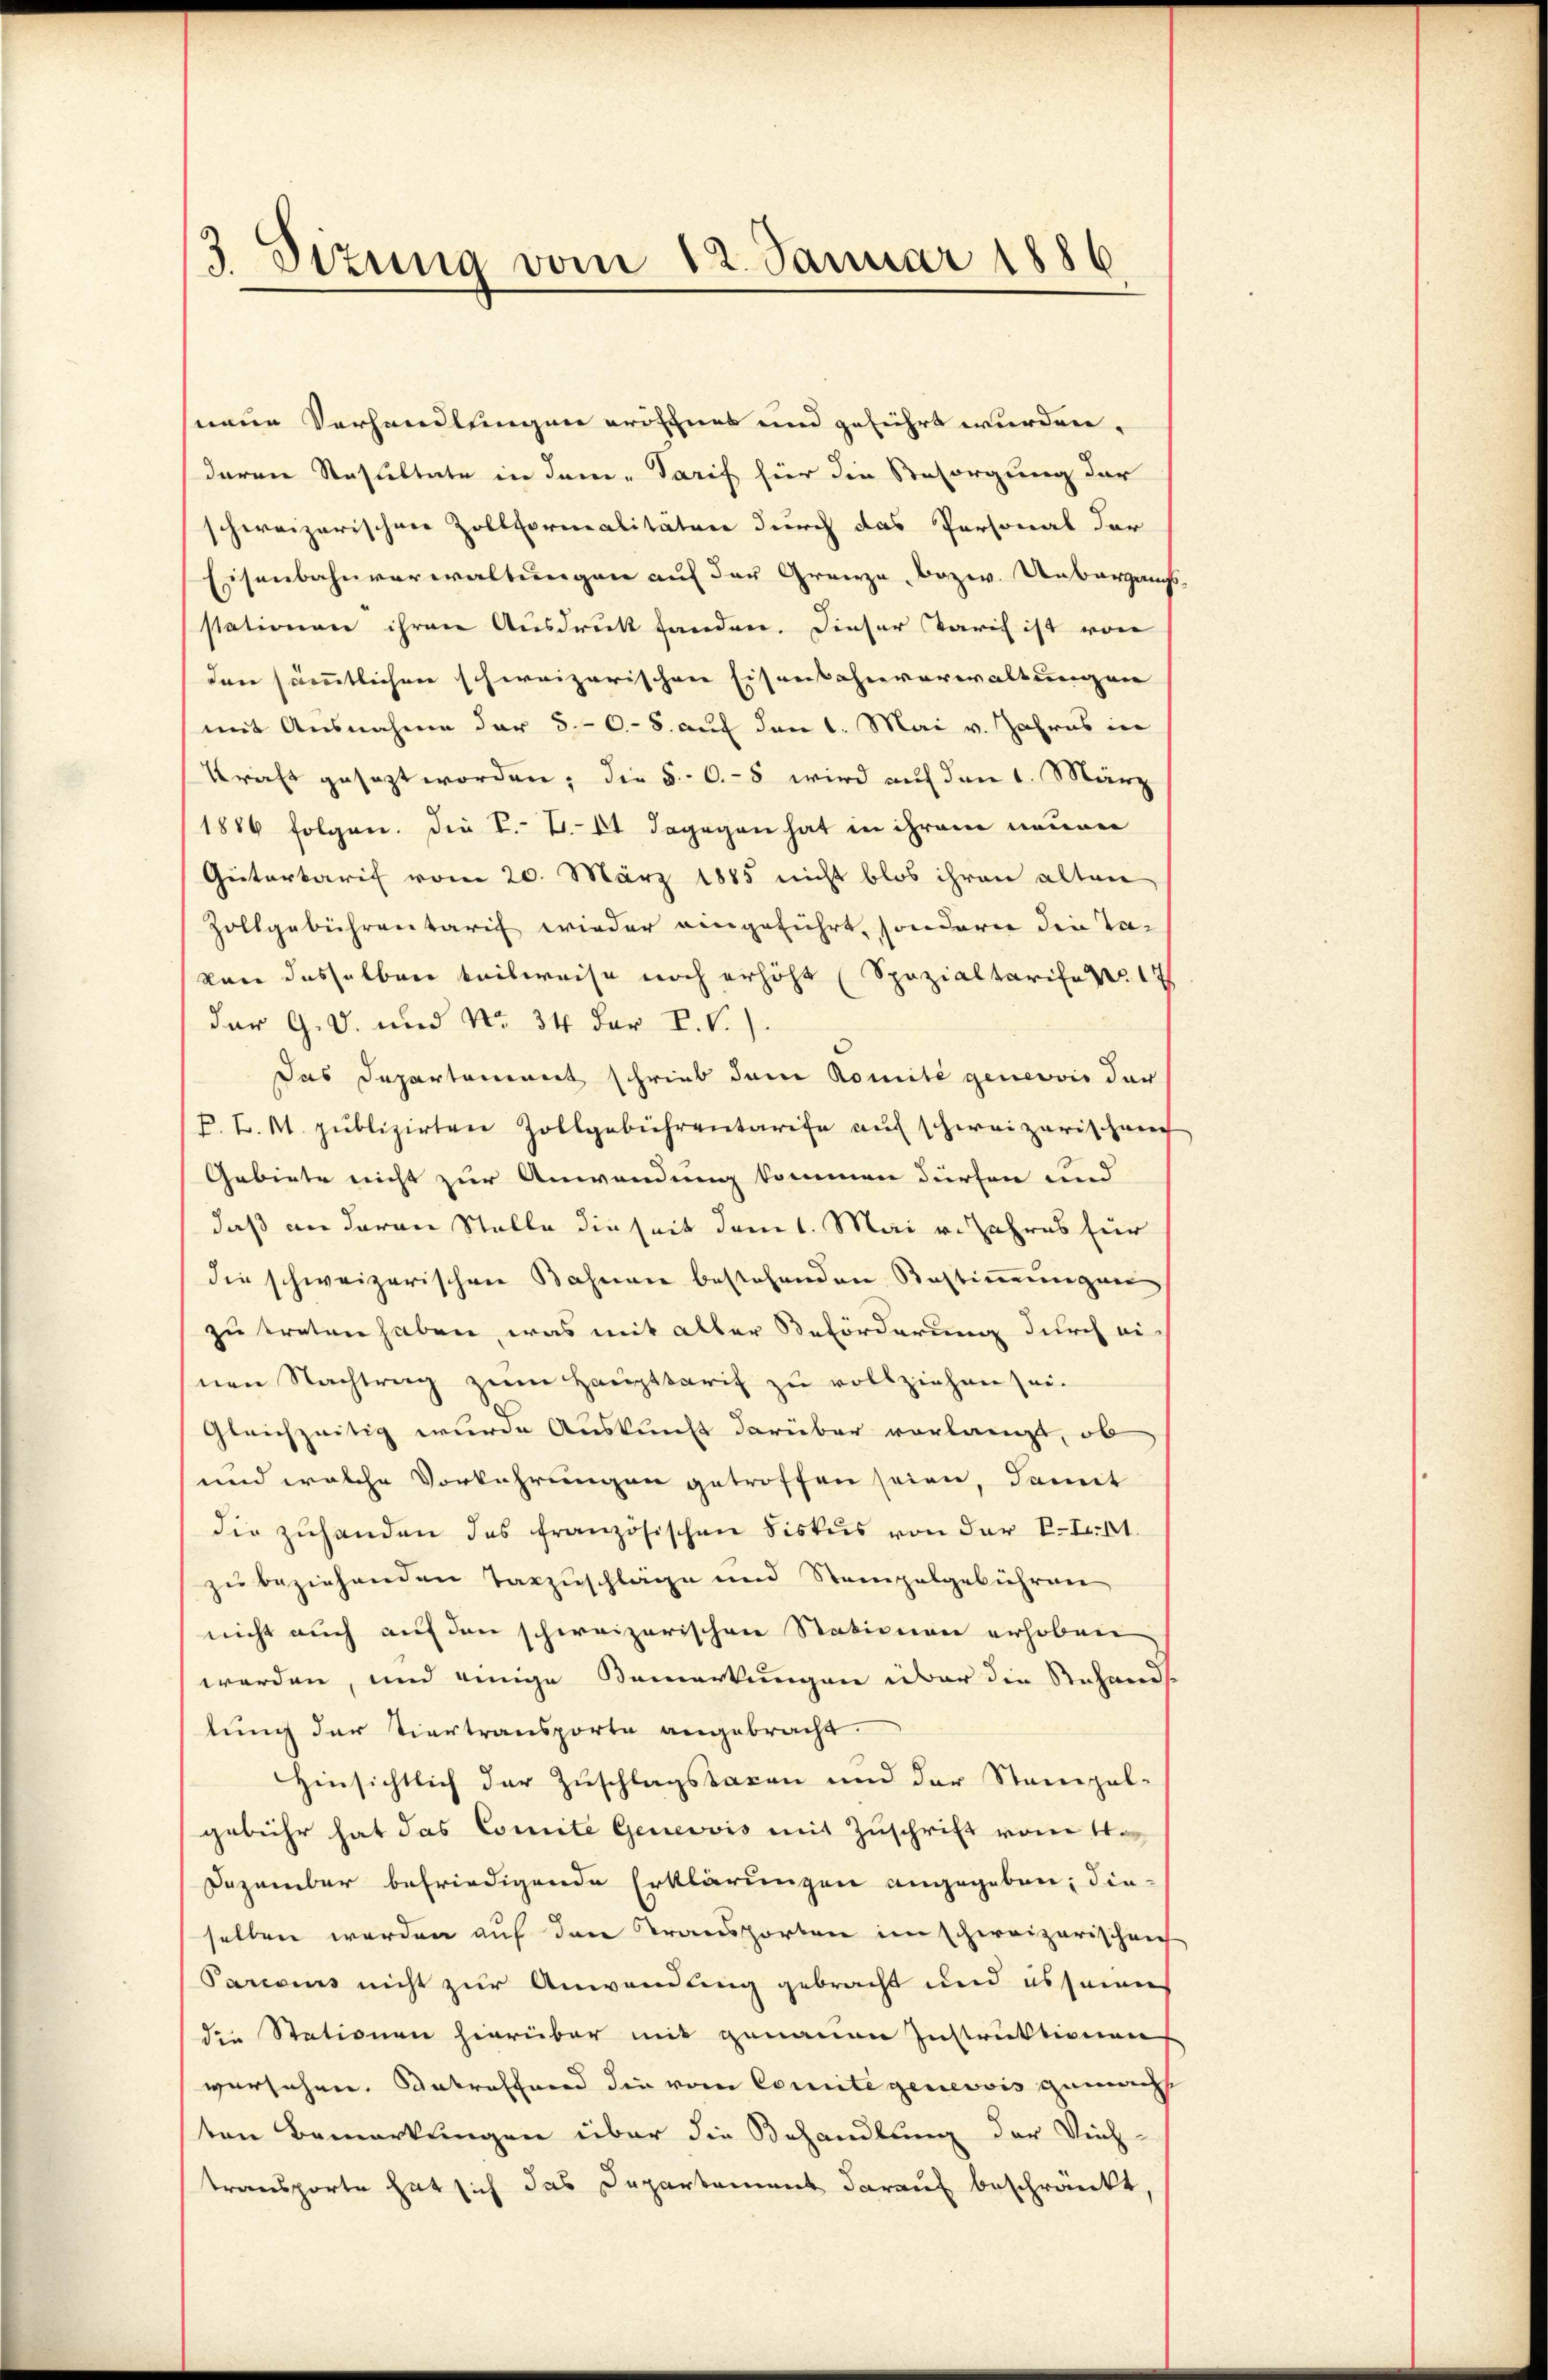
3 Sizung vom 12. Januar 1886

naue Verhandlungen eröffnet und geführt wurden.
deren Resultate in Jam-Tarif hier die Resorgung der
schweizerischen Zollformalitäten durch das Personal der
senbahnverwaltungen auf der Grenzze, bezw. Uebergangs
stationen ihren Ausdruck fanden. Dieser Tarif ist von
den sämmtlichen schweizerischen Eisenbahnverwaltungen
mit Ausnahme der 5.-6-8. auf den 1. Mai v. Jahres in
Kraft gesezt worden; die §. 6.-8 wird auf den 1. März
1886 folgen. Die V. B. 11 dagegen hat in ihrem neuen
Gütertarif vom 20. März 1885 nicht blos ihren alten
Zollgebührentarif wieder eingeführt, sondern die Ta-
von dasselben teilweise noch erhöht (Spezialtarife 1
dar G. V. und No. 34 der VV.).
Das Departement schrieb dem Komité genevvis der
F. L. M. publizirten Zollgebührentarife auf schweizerischen
Gebiete nicht zur Anwendung kommen dürfen und
daß an daran Stelle die seit dem 1. Mai v. Jahres für
die schweizerischen Bahnen bestehenden Bestimmungen
zu treten haben, was mit aller Beförderung durch ei
hnen Nachtrag zum Haupttarif zu vollziehen sei.
Gleichzeitig wurde Auskunft darüber vorlangt, ob
und welche Vorkehrungen getroffen seien, damit
die zŭhanden das französischen Fiskus von der Etat.
zu beziehenden Tarzuschläge und Stempelgebühren
nicht auch auf den schweizerischen Stationen erhoben
werden, und einige Bemerkungen über die Stefands
lung der tiertransporte angebracht.
Hinsichtlich der Zuschlagstaxen und der Stampalgebühr hat das Comite Genevvis mit Zuschrift vom 1.
Dezember befriedigende Erklärungen angegeben; die-
selben werden auf den Transporten im schweizerischen
Parisius nicht zur Anwendung gebracht und es seines
der Stationen hierüber mit genauen Instruktionen
versehen. Antreffend die vom Comite genevois gemacht
ten Bemerkungen über die Behandlung der Reich-
transporte hat sich das Departement darauf beschränkt